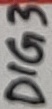
Text: DIG3